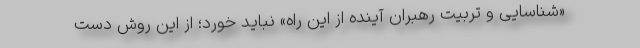
«شناسایی و تربیت رهبران آینده از این راه» نباید خورد؛ از این روش دست